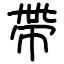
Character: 帶